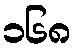
၁၆၈